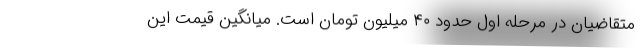
متقاضیان در مرحله اول حدود ۴۰ میلیون تومان است. میانگین قیمت این